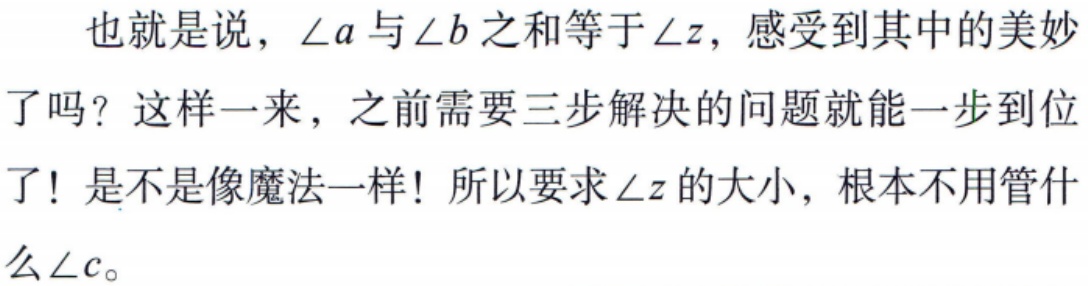
也就是说，\(\angle a\)与\(\angle b\)之和等于\(\angle z\)，感受到其中的美妙了吗？这样一来，之前需要三步解决的问题就能一步到位了！是不是像魔法一样！所以要求\(\angle z\)的大小，根本不用管什么\(\angle c\)。